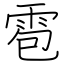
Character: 雹